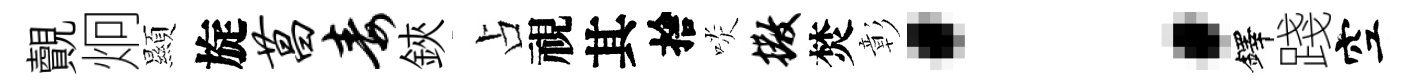
覿炯顯旋菖毒鋏占視其捨啖撒焚彰：鐸踐空